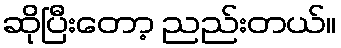
ဆိုပြီးတော့ ညည်းတယ်။